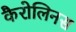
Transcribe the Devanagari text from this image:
कैरोलिनस